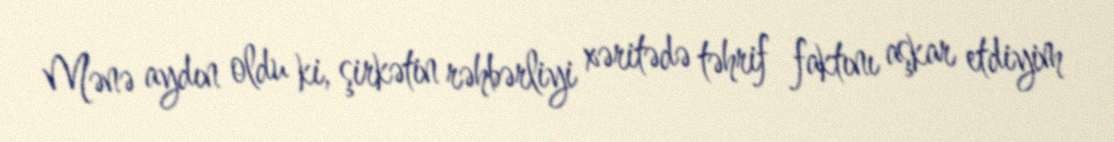
Mənə aydın oldu ki, şirkətin rəhbərliyi xəritədə təhrif faktını aşkar etdiyim